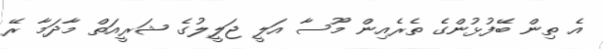
އެ ތިން ބޭފުޅުންގެ ތެރެއިން މޫސާ އަލީ ޖަލީލުގެ ޝަރީއަތް މާދަމާ ރޭ